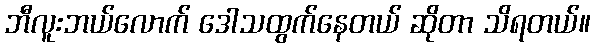
ဘီလူးဘယ်လောက် ဒေါသထွက်နေတယ် ဆိုတာ သိရတယ်။